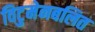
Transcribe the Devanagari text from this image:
विटुमेनबलित